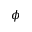
\phi